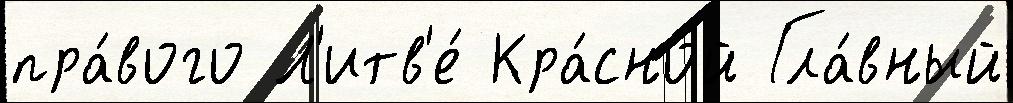
пра́вого Л'итв'е́ Кра́сной Гла́вный